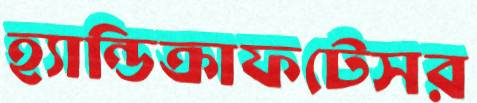
হ্যান্ডিক্রাফটেসর